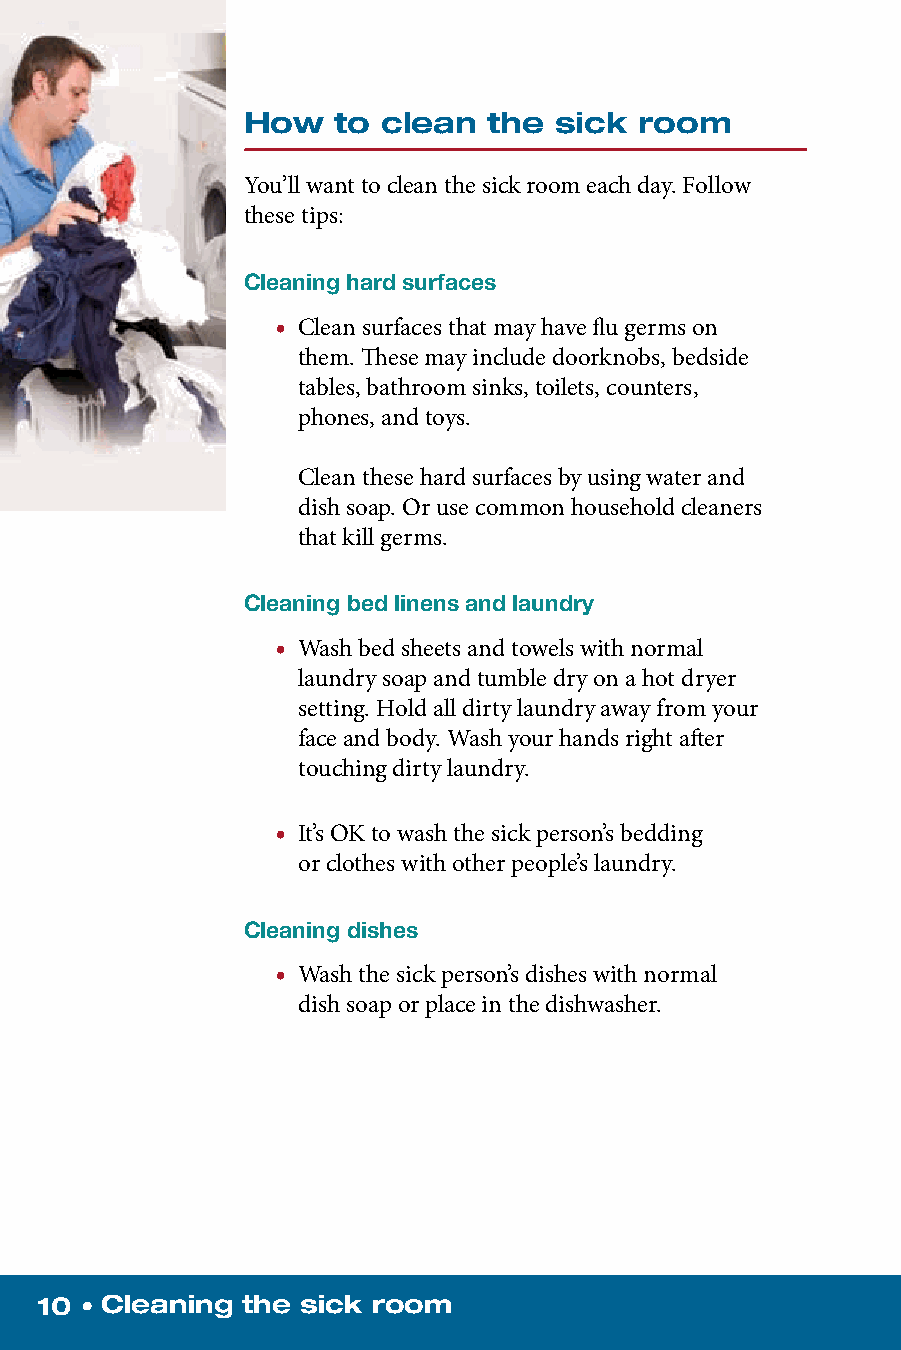
How   to clean  the  sick room
 You’ll want to clean the sick room each day. Follow
 these tips:
 Cleaning hard surfaces
 • Clean surfaces that may have flu germs on
 them. These may include doorknobs, bedside
 tables, bathroom sinks, toilets, counters,
 phones, and toys.
 Clean these hard surfaces by using water and
 dish soap. Or use common household cleaners
 that kill germs.
 Cleaning bed linens and laundry
 • Wash bed sheets and towels with normal
 laundry soap and tumble dry on a hot dryer
 setting. Hold all dirty laundry away from your
 face and body. Wash your hands right after
 touching dirty laundry.
 • It’s OK to wash the sick person’s bedding
 or clothes with other people’s laundry.
 Cleaning dishes
 • Wash the sick person’s dishes with normal
 dish soap or place in the dishwasher.
 10 • Cleaning the sick room